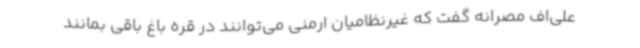
علی‌اف مصرانه گفت که غیرنظامیان ارمنی می‌توانند در قره باغ باقی بمانند